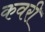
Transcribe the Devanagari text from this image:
कवरी